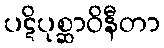
ပဋိပုစ္ဆာဝိနီတာ